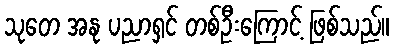
သုတေ အနု ပညာရှင် တစ်ဦးကြောင့် ဖြစ်သည်။